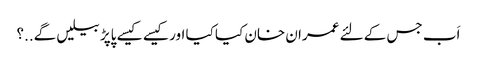
اَب جس کے لئے عمران خان کیا کیا اور کیسے کیسے پاپڑ بیلیں گے..؟